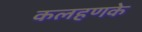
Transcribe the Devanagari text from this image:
कलहणके